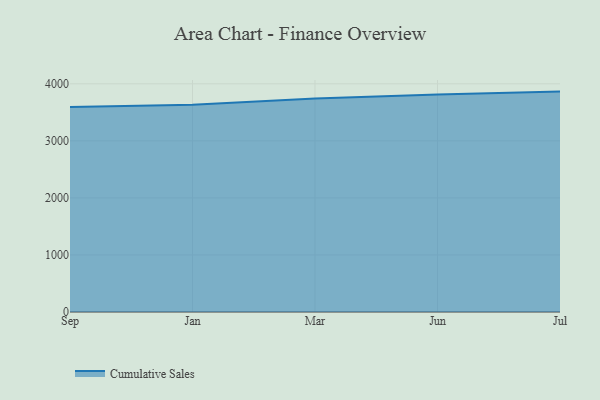
{"axis": {"x": "Month", "y": "Operating Costs (USD K)"}, "legend": ["Cumulative Sales"], "data": [{"x": "Sep", "y": 3592.8, "type": "Cumulative Sales"}, {"x": "Jan", "y": 3632.7, "type": "Cumulative Sales"}, {"x": "Mar", "y": 3744.0, "type": "Cumulative Sales"}, {"x": "Jun", "y": 3813.9, "type": "Cumulative Sales"}, {"x": "Jul", "y": 3863.5, "type": "Cumulative Sales"}]}